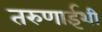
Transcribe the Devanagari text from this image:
तरुणाईशी